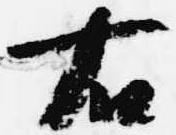
右